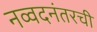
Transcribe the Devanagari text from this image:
नव्वदनंतरची